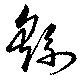
繇